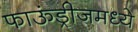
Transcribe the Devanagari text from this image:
फाऊंड्रीजमध्ये